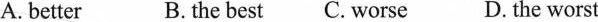
A.better B. the best C. Worse D. the worst